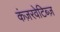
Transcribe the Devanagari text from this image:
कंज़रवेटिब्ज़